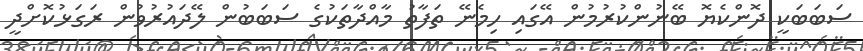
ސަބަބަކީ ދޮންކެޔޮ ބޭނުންކުރުމުން އޭގައި ހިމެނޭ ތަފާތު މާއްދާތަކުގެ ސަބަބުން ލޭދައުރުވުން ރަގަޅުކޮށްދީ